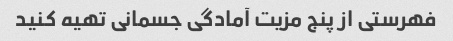
فهرستی از پنج مزیت آمادگی جسمانی تهیه کنید